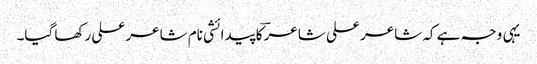
یہی وجہ ہے کہ شاعر علی شاعرؔ کا پیدائشی نام شاعر علی رکھا گیا۔